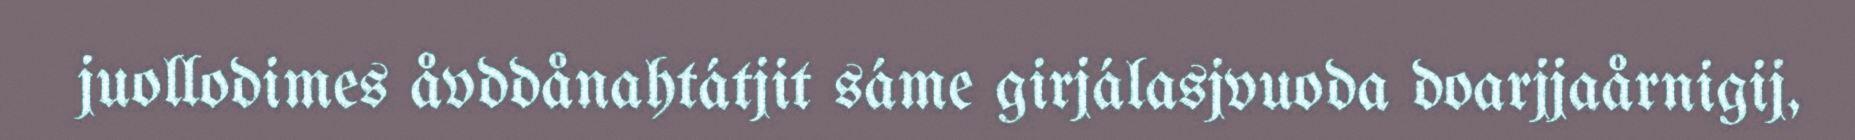
juollodimes åvddånahtátjit sáme girjálasjvuoda doarjjaårnigij,